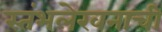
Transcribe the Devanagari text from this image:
स्तंभलेखनाची